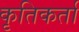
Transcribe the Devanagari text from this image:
कृतिकर्ता